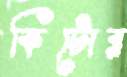
কিটোর